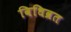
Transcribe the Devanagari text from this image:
विधिव्रत